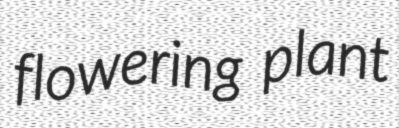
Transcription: flowering plant